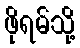
ဖိုရမ်သို့